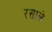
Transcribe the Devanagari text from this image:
रसाले